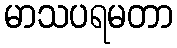
မာသပရမတာ